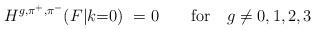
LaTeX: \begin{align*}H^{g,\pi^+,\pi^-}(F|k{=}0)\ = 0 \qquad {\rm for} \quad g \neq 0,1,2,3\end{align*}